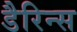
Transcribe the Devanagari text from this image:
डैरिन्स